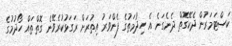
ކަސްޓަމަރުން ދެކޭގޮތް ދެނެގަނެ އެ ހިދުމަތުގެ ފެންވަރު އިތުރަށް ރަގަޅުކުރެވޭނެ ގޮތްތައް ހޯދުމުގެ